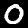
Digit: 0